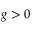
g > 0